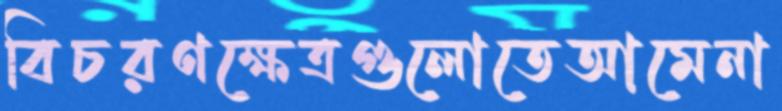
বিচরণক্ষেত্রগুলোতেআমেনা